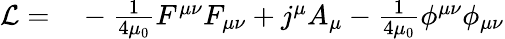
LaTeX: \begin{array}{rl}{\mathcal L=}&{{}-\frac{1}{4\mu_{0}}F^{\mu\nu}F_{\mu\nu}+j^{\mu}A_{\mu}-\frac{1}{4\mu_{0}}\phi^{\mu\nu}\phi_{\mu\nu}}\end{array}